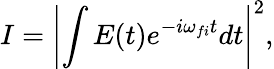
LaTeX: I=\left|\int{E(t)e^{-i\omega_{fi}t}dt}\right|^{2},